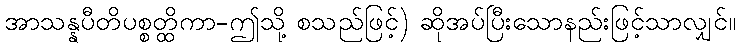
အာသန္နပီတိပစ္စတ္ထိကာ-ဤသို့ စသည်ဖြင့်) ဆိုအပ်ပြီးသောနည်းဖြင့်သာလျှင်။